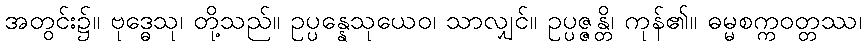
အတွင်း၌။ ဗုဒ္ဓေသု၊ တို့သည်။ ဥပ္ပန္နေသုယေဝ၊ သာလျှင်။ ဥပ္ပဇ္ဇန္တိ၊ ကုန်၏။ ဓမ္မစက္ကဝတ္တဿ၊